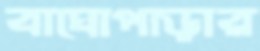
বাঘোপাড়ার